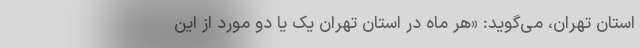
استان تهران، می‌گوید: «هر ماه در استان تهران یک یا دو مورد از این